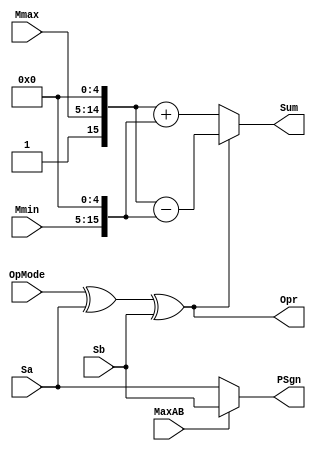
`define EXPONENT 5
`define MANTISSA 10
`define ACTUAL_MANTISSA 11
`define EXPONENT_LSB 10
`define EXPONENT_MSB 14
`define MANTISSA_LSB 0
`define MANTISSA_MSB 9
`define MANTISSA_MUL_SPLIT_LSB 3
`define MANTISSA_MUL_SPLIT_MSB 9
`define SIGN 1
`define SIGN_LOC 15
`define DWIDTH (`SIGN+`EXPONENT+`MANTISSA)
`define IEEE_COMPLIANCE 1

module FPAddSub_ExecutionModule(
		Mmax,
		Mmin,
		Sa,
		Sb,
		MaxAB,
		OpMode,
		Sum,
		PSgn,
		Opr
    );

	// Input ports
	input [`MANTISSA-1:0] Mmax ;					// The larger mantissa
	input [`MANTISSA:0] Mmin ;					// The smaller mantissa
	input Sa ;								// Sign bit of larger number
	input Sb ;								// Sign bit of smaller number
	input MaxAB ;							// Indicates the larger number (0/A, 1/B)
	input OpMode ;							// Operation to be performed (0/Add, 1/Sub)
	
	// Output ports
	output [`DWIDTH:0] Sum ;					// The result of the operation
	output PSgn ;							// The sign for the result
	output Opr ;							// The effective (performed) operation

	assign Opr = (OpMode^Sa^Sb); 		// Resolve sign to determine operation

	// Perform effective operation
	assign Sum = (OpMode^Sa^Sb) ? ({1'b1, Mmax, 5'b00000} - {Mmin, 5'b00000}) : ({1'b1, Mmax, 5'b00000} + {Mmin, 5'b00000}) ;
	
	// Assign result sign
	assign PSgn = (MaxAB ? Sb : Sa) ;

endmodule